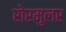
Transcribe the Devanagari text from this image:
रोरमुलर